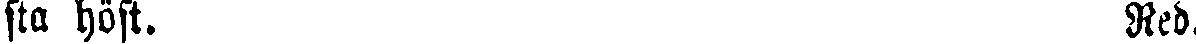
sta höst. Red.